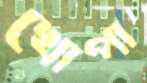
খোপা